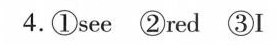
4.①see ②red ③I